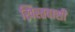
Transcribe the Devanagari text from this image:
ख्रिस्तवासी